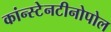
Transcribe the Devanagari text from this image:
कांन्स्टेनटीनोपोल